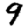
Digit: 9